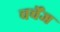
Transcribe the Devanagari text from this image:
चर्चेंज